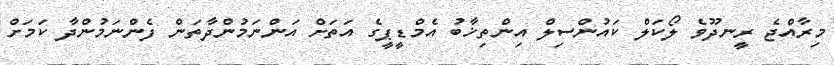
މިރާއްޖެ ރީނދޫވެ ލޯކަލް ކައުންސިލް އިންތިޚާބު އެމްޑީޕީގެ އަތަށް އަންނަމުންދާތަން ފެންނަމުންދާ ކަމަށް